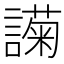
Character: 𬣇